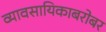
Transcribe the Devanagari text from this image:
व्यावसायिकाबरोबर